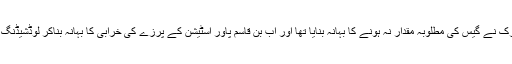
پہلے کے الیکٹرک نے گیس کی مطلوبہ مقدار نہ ہونے کا بہانہ بنایا تھا اور اب بن قاسم پاور اسٹیشن کے پرزے کی خرابی کا بہانہ بناکر لوڈشیڈنگ کی جارہی ہے۔